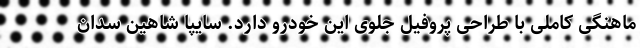
ماهنگی کاملی با طراحی پروفیل جلوی این خودرو دارد. سایپا شاهین سدان